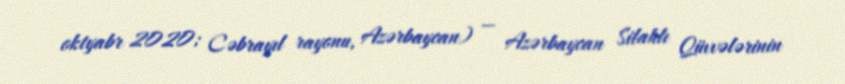
oktyabr 2020; Cəbrayıl rayonu, Azərbaycan) — Azərbaycan Silahlı Qüvvələrinin